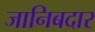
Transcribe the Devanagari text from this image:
जानिबदार